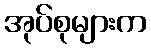
အုပ်စုများက